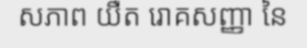
សភាព យឺត រោគសញ្ញា នៃ